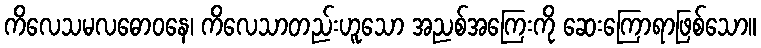
ကိလေသမလဓောဝနေ၊ ကိလေသာတည်းဟူသော အညစ်အကြေးကို ဆေးကြောရာဖြစ်သော။